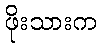
ဖိုးသားက